Civil Veterinary Department Bihar & Orissa reports 1929-36 - 1929-1936
Year: 1929
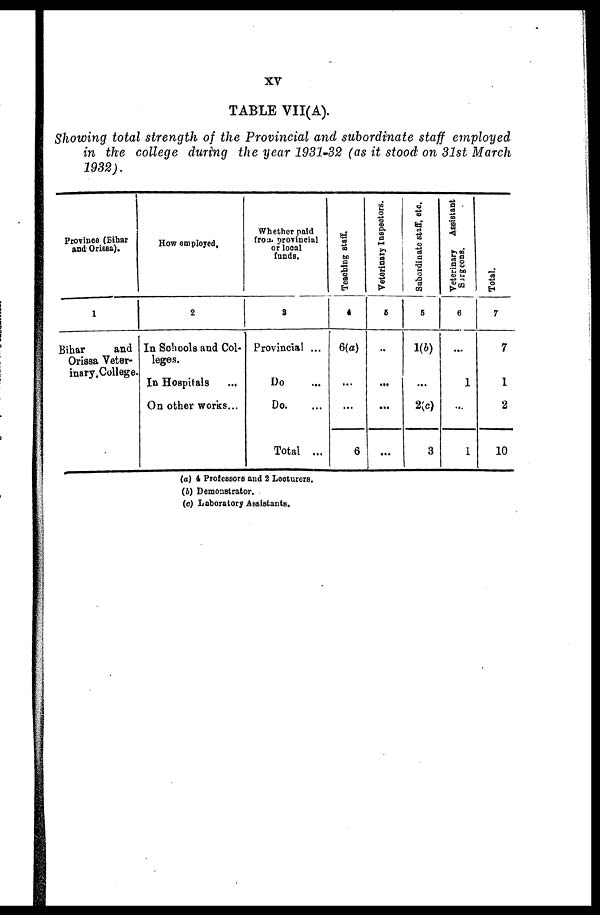
XV
TABLE VII(A).
Showing total strength of the Provincial and subordinate staff employed
in the college during the year 1931-32 (as it stood on 31st March
1932).
Province (Bihar
and Orissa).
1
Bihar
and
Orissa Veter-
inary College.
How employed.
2
In Schools and Col-
leges.
In Hospitals ...
On other works...
Whether paid
from provincial
or local
funds.
3
Provincial ...
Do ...
Do. ...
Total ...
Teaching staff.
4
6(a)
...
...
6
Veterinary Inapectors.
5
...
...
...
...
Subordinate staff, etc.
5
1(b)
...
2(c)
3
Veterinary
Assistant
Sorgeons
6
...
1
...
1
Total.
7
7
1
2
10
(a) 4 Profesaors and 2 Lecturers.
(b) Demonstrator.
(c) Laboratory Assistants.